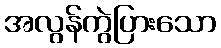
အလွန်ကွဲပြားသော